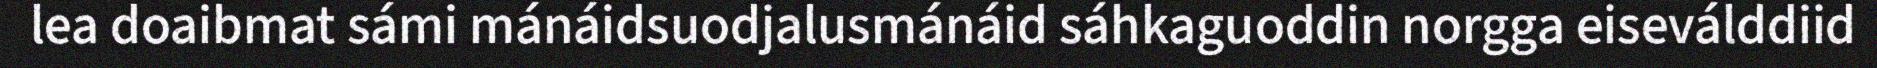
lea doaibmat sámi mánáidsuodjalusmánáid sáhkaguoddin norgga eiseválddiid